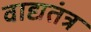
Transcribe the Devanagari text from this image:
वाद्यतंत्र